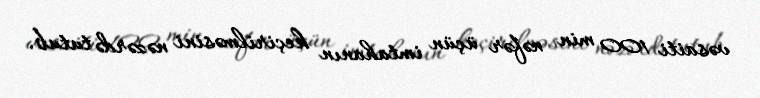
vəsaiti 100 min nəfər üçün imtahanın keçirilməsini nəzərdə tutub.